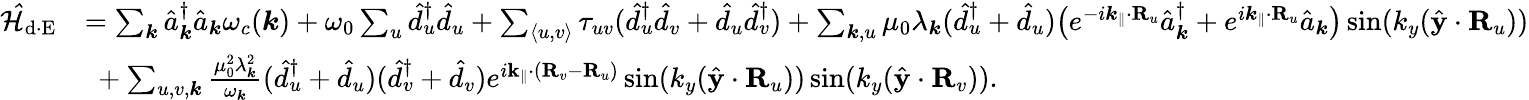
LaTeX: \begin{array}{rl}{\mathcal{\hat{H}}_{\mathrm{d\cdot E}}}&{=\sum_{{\boldsymbol k}}\hat{a}_{{\boldsymbol k}}^{\dagger}\hat{a}_{{\boldsymbol k}}\omega_{c}({\boldsymbol k})+\omega_{0}\sum_{u}\hat{d}_{u}^{\dagger}\hat{d}_{u}+\sum_{\langle u,v\rangle}\tau_{uv}(\hat{d}_{u}^{\dagger}\hat{d}_{v}+\hat{d}_{u}\hat{d}_{v}^{\dagger})+\sum_{{\boldsymbol k},u}\mu_{0}\lambda_{\boldsymbol k}(\hat{d}_{u}^{\dagger}+\hat{d}_{u})\big(e^{-i{\boldsymbol k_{\parallel}}\cdot{\mathbf R}_{u}}\hat{a}_{{\boldsymbol k}}^{\dagger}+e^{i{\boldsymbol k_{\parallel}}\cdot{\mathbf R}_{u}}\hat{a}_{{\boldsymbol k}}\big)\sin({k_{y}}(\hat{\mathbf y}\cdot{\mathbf R}_{u}))}\\ &{~+\sum_{u,v,{\boldsymbol k}}{\frac{\mu_{0}^{2}\lambda_{\boldsymbol k}^{2}}{{\omega_{\boldsymbol k}}}}(\hat{d}_{u}^{\dagger}+\hat{d}_{u})(\hat{d}_{v}^{\dagger}+\hat{d}_{v})e^{i{\mathbf k}_{\parallel}\cdot({\mathbf R}_{v}-{\mathbf R}_{u})}\sin({k_{y}}(\hat{\mathbf y}\cdot{\mathbf R}_{u}))\sin({k_{y}}(\hat{\mathbf y}\cdot{\mathbf R}_{v})).}\end{array}